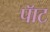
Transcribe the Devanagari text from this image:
पॅाट